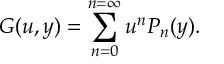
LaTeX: G ( u , y ) = \sum _ { n = 0 } ^ { n = \infty } u ^ { n } P _ { n } ( y ) .